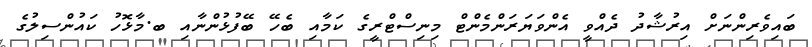
ބައިވެރިންނަށް އިރުޝާދު ދެއްވީ އެންވަޔަރަންމެންޓް މިނިސްޓްރީގެ ކަމާއި ބެހޭ ބޭފުޅުންނާއި ބ.މާޅޮހު ކައުންސިލުގެ